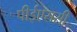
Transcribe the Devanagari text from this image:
पीईएससी